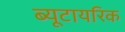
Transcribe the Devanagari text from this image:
ब्यूटायरिक